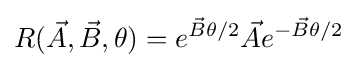
R({\vec {A}},{\vec {B}},\theta )=e^{{\vec {B}}\theta /2}{\vec {A}}e^{-{\vec {B}}\theta /2}